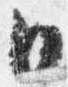
日